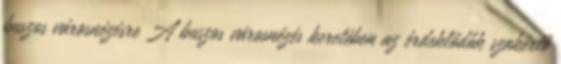
buszos városnézésre A buszos városnézés keretében az érdeklődők szakértő